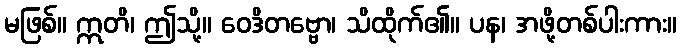
မဖြစ်။ ဣတိ၊ ဤသို့။ ဝေဒိတဗ္ဗော၊ သိထိုက်၏။ ပန၊ အဖို့တစ်ပါးကား။